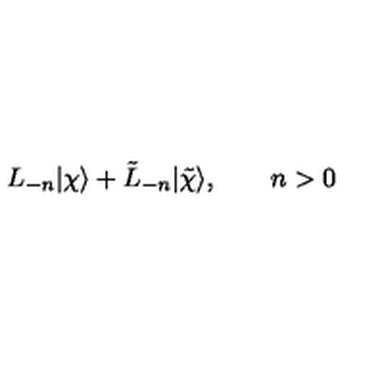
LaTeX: L _ { - n } | \chi \rangle + \tilde { L } _ { - n } | \tilde { \chi } \rangle , \qquad n > 0